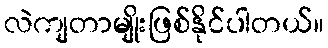
လဲကျတာမျိုးဖြစ်နိုင်ပါတယ်။